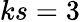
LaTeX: ks=3